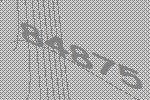
84875